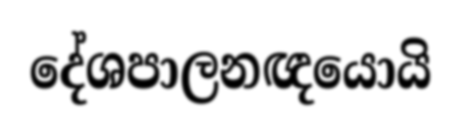
දේශපාලනඥයොයි